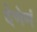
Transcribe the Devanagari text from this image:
देणेणं